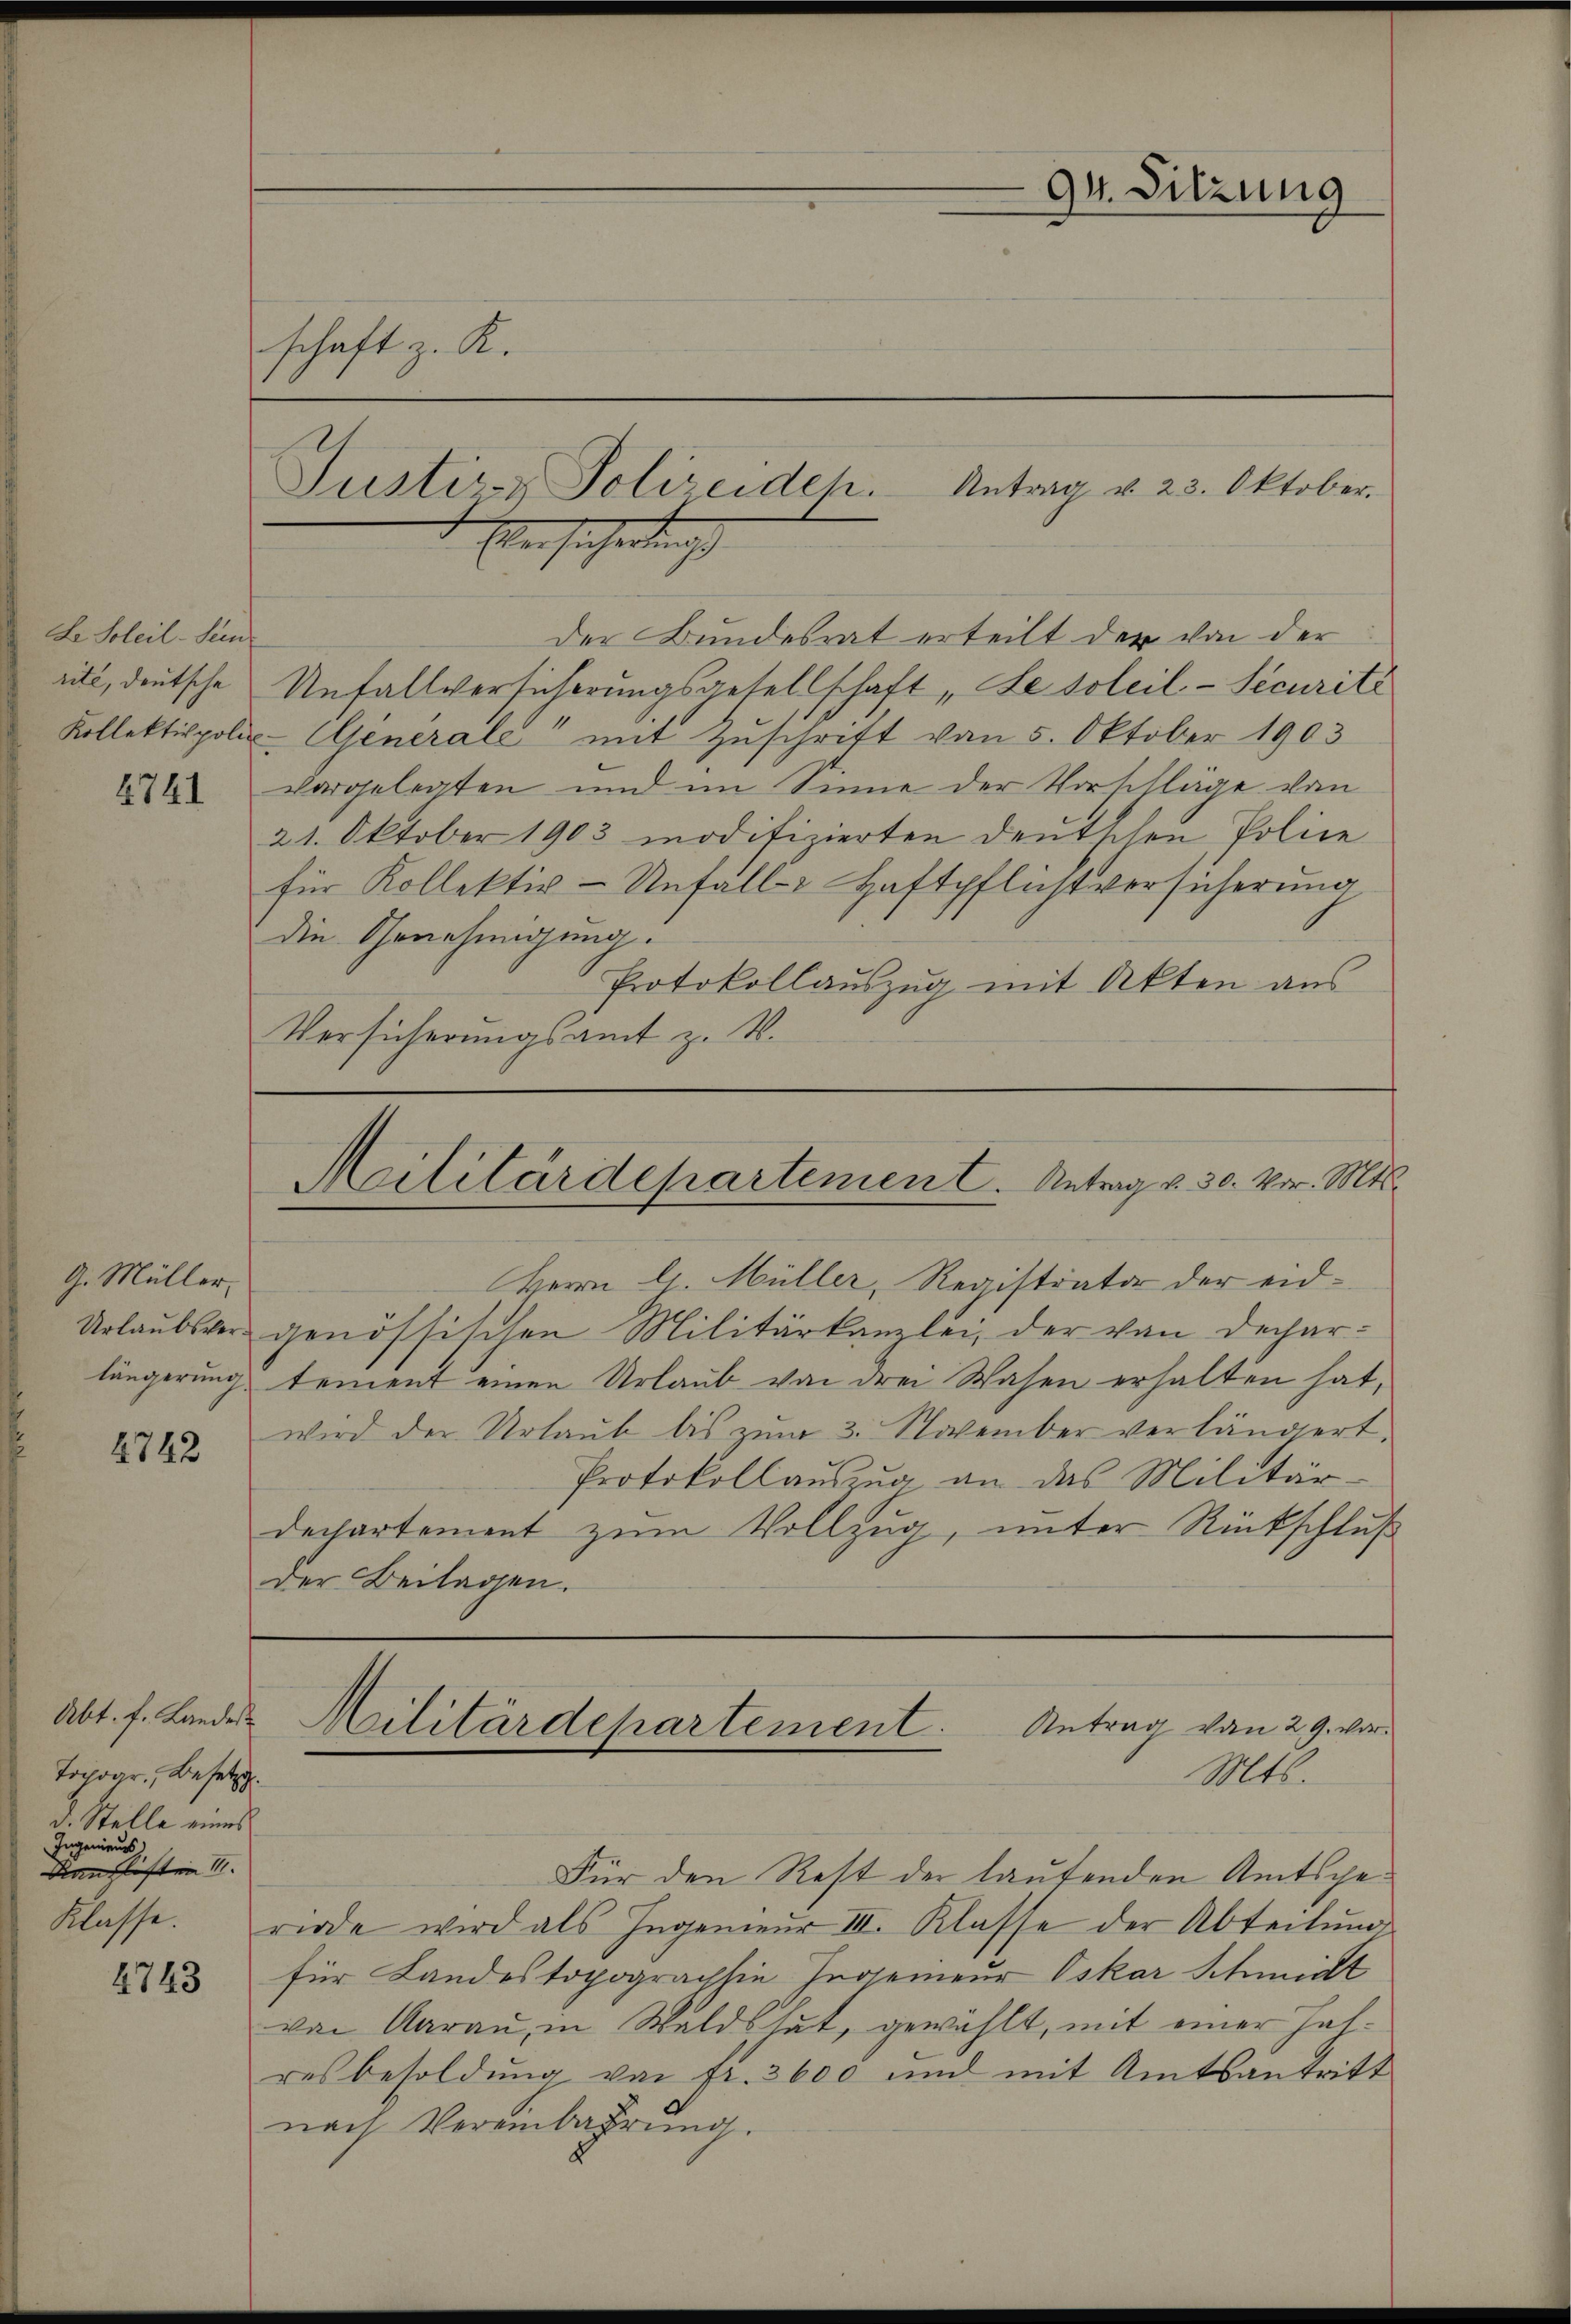
Le Soleil- Sein
rité, deutsche

4741

G. Müller,
längerung.

4742

Topogr. Besetzt.
d. Stelle eines
Ingenieurs,
Manchisten I
Klasse.

4743

schaft z. R.

der Bundesrat erteilt der von der
Unfallversicherungsgesellschaft „Le soleil-Securité
Kollektippoli-Générale“ mit Zuschrift von 5. Oktober 1903
vorgelegten und im Sinne der Vorschläge von
21. Oktober 1903 modifizierten deutschen Police
für Kollektiv-Unfälle Haftpflichtversicherung
die Genehmigung:
Protokollauszug mit Akten aus
Versicherungsamt z. B.

Justiz- Polizeiden. Antrag u. 23. Oktober.
Eben sichertung

94. Sitzung

Militärdepartement. Antrag u. 30. vor. Mts.

Herrn E. Müller, Registrator der eid-
Urlaubsver genössischen Militärkanzlei, der von Dechartement einen Urlaub von drei Wasen erhalten hat,
wird der Urlaub bis zum 3. November verlängert.
Protokoll aŭszŭg an das Militär-
dechartement zum Vollzug, unter Rückschluß
der Beilagen.

Abt. f. Lander Militärdepartement.
Antrag von 29. vor¬
Mts.

Für den Rest der lautenden Amtsgeriode wird als Ingenieur III. Klasse der Abteilung
für Landestopograchsie Prosenieur Oskar Schmidt
von darau, in Waldshut, gewählt, mit einer Halresbesoldung von fr. 3600 und mit Amtsantritt
nach Vereinbahrŭng.